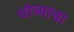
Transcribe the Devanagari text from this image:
धोत्र्याचा